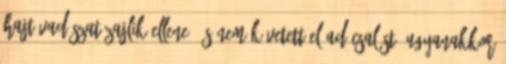
hajtóvadászat zajlik ellene, és nem követett el adócsalást, ugyanakkor